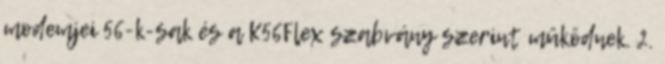
modemjei 56-k-sak és a K56Flex szabvány szerint mûködnek. 2.